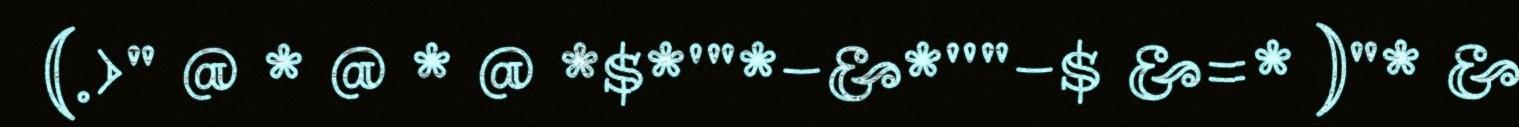
(.>" @ * @ * @ *$*'"*-&*''"-$ &=* )"* &